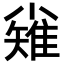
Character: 𪨅